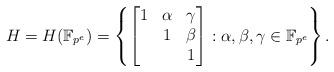
LaTeX: \begin{align*}H & = H(\mathbb{F}_{p^e}) = \left\{\begin{bmatrix} 1 & \alpha & \gamma \\ & 1 & \beta\\ & & 1\end{bmatrix}:\alpha,\beta,\gamma\in \mathbb{F}_{p^e}\right\}.\end{align*}